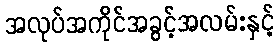
အလုပ်အကိုင်အခွင့်အလမ်းနှင့်